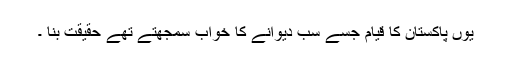
یوں پاکستان کا قیام جسے سب دیوانے کا خواب سمجھتے تھے حقیقت بنا ۔